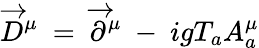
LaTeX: \overrightarrow{D}^{\mu}\ =\ \overrightarrow{\partial}^{\mu}\ -\ igT_{a}A_{a}^{\mu}